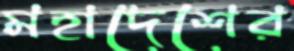
মহাদেশের